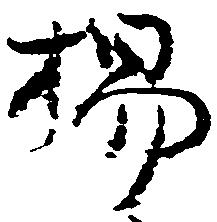
楊